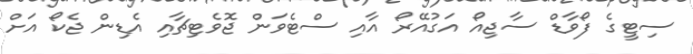
ސިޓީގެ ފޯވާޑް ސާޖިއޯ އަގުއޭރޯ އާއި ސްޓެވަން ޖޮވެޓިޗާއި އެޑިން ޖެކޯ އަށް